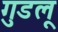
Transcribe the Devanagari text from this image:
गुडलू